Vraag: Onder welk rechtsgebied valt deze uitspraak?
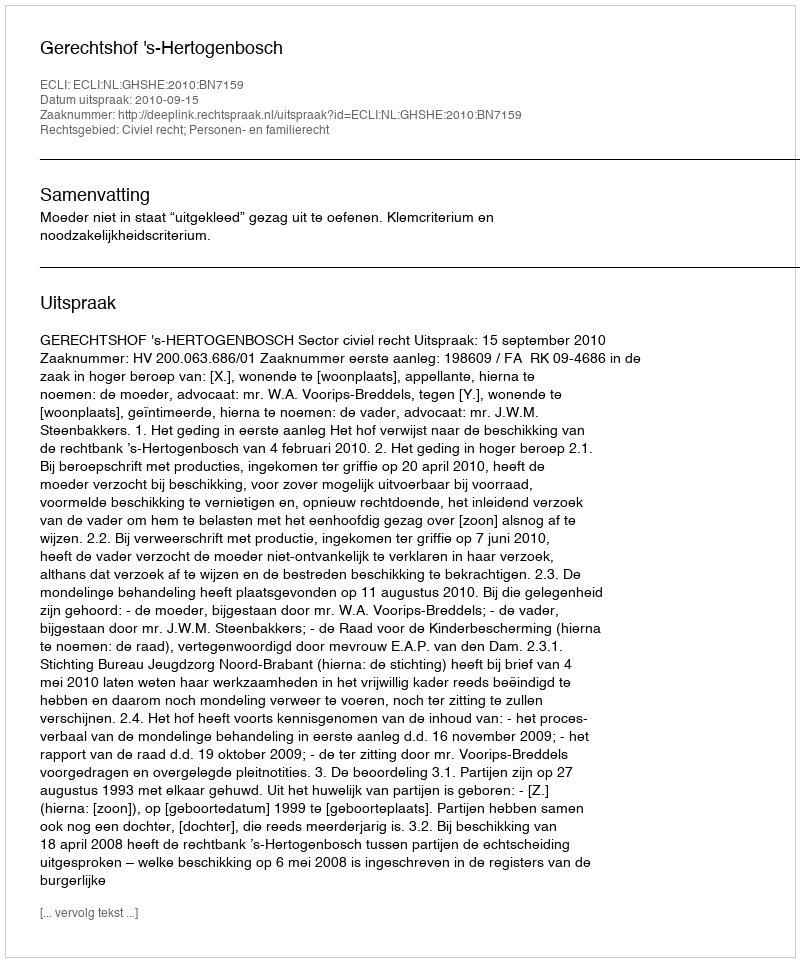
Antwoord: Civiel recht; Personen- en familierecht